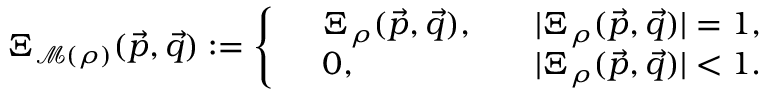
\begin{array} { r } { \Xi _ { \mathcal { M } ( \rho ) } ( \vec { p } , \vec { q } ) : = \left\{ \begin{array} { r l r l } & { \Xi _ { \rho } ( \vec { p } , \vec { q } ) , } & & { | \Xi _ { \rho } ( \vec { p } , \vec { q } ) | = 1 , } \\ & { 0 , } & & { | \Xi _ { \rho } ( \vec { p } , \vec { q } ) | < 1 . } \end{array} \right. } \end{array}